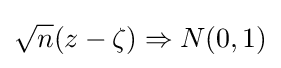
{\sqrt {n}}(z-\zeta )\Rightarrow N(0,1)